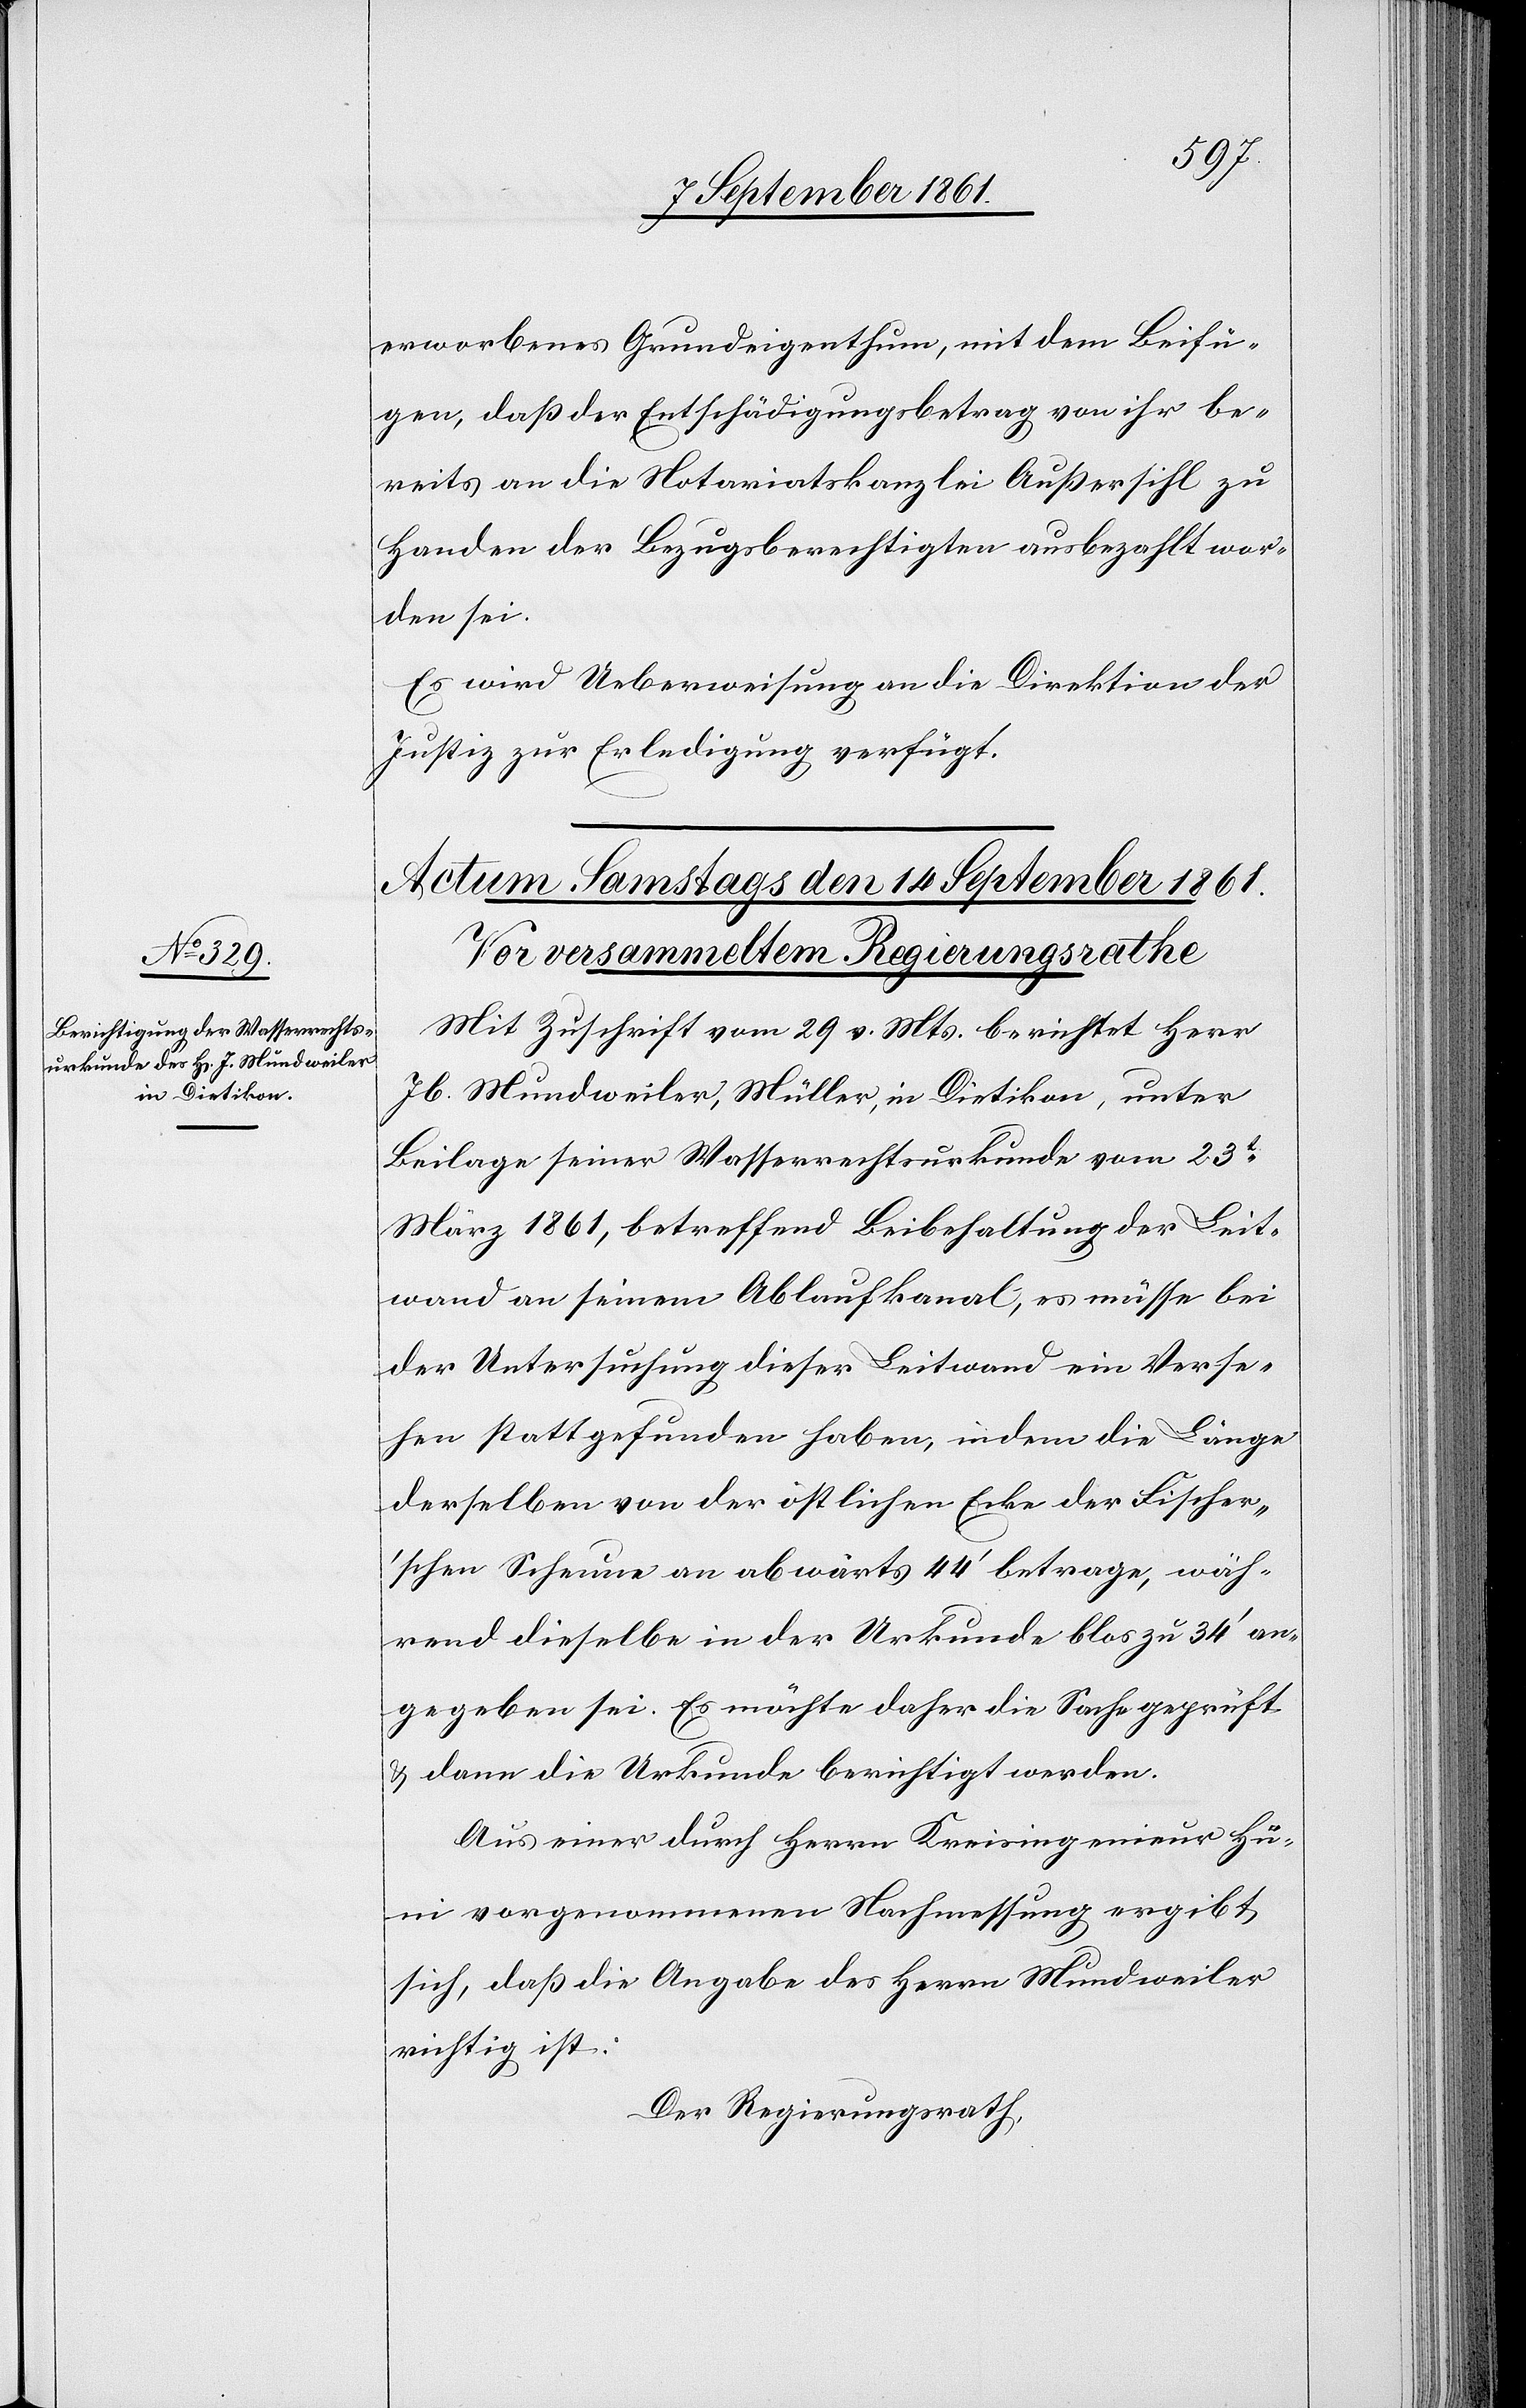
erworbenes Grundeigenthum, mit dem Beifü¬
gen, daß der Entschädigungsbetrag von ihr be¬
reits an die Notariatskanzlei Außersihl zu
Handen der Bezugsberechtigten ausbezahlt wor¬
den sei.
Es wird Ueberweisung an die Direktion der
Justiz zur Erledigung verfügt.
Mit Zuschrift vom 29 v. Mts. berichtet Herr
Jb. Mundweiler, Müller, in Dietikon, unter
Beilage seiner Wasserrechtsurkunde vom 23t
März 1861, betreffend Beibehaltung der Leit¬
wand an seinem Ablaufkanal, es müsse bei
der Untersuchung dieser Leitwand ein Verse¬
hen stattgefunden haben, indem die Länge
derselben von der östlichen Ecke der Fischer’s¬
chen Scheune an abwärts 44’ betrage, wäh¬
rend dieselbe in der Urkunde blos zu 34’ an¬
gegeben sei. Es möchte daher die Sache geprüft
u. dann die Urkunde berichtigt werden.
Aus einer durch Herrn Kreisingenieur Hü¬
ni vorgenommenen Nachmessung ergibt
sich, daß die Angabe des Herrn Mundweiler
richtig ist:
Der Regierungsrath,